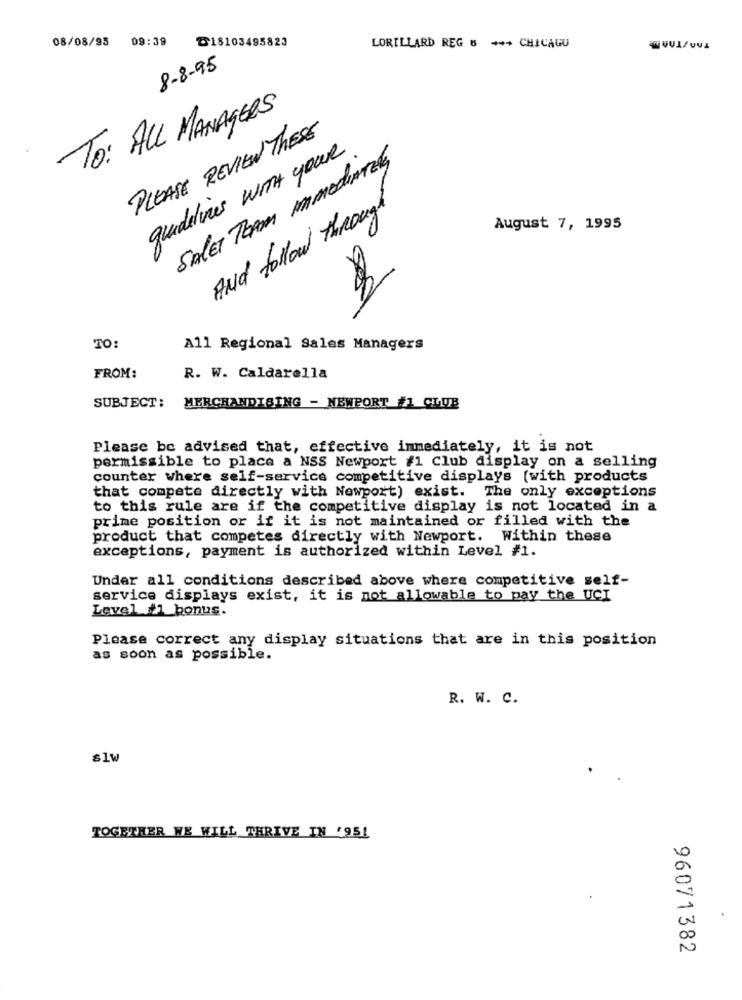
08/08/93 09:39
D18103495823
LORILLARD REG 6 +++ CHICAGU
8-8-95
To: ALL MANAGERS
PLEASE REVIEW THESE
guidelines WITH your
SALET TEAM IMMEDIATELY
And follow through
August 7, 1995
1000
TO:
All Regional Sales Managers
FROM:
R. W. Caldarella
SUBJECT:
MERCHANDISING - NEWPORT #1 CLUB
Please be advised that, effective immediately, it is not
permissible to place a NSS Newport #1 Club display on a selling
counter where self-service competitive displays (with products
that compete directly with Newport) exist.
The only exceptions
to this rule are if the competitive display is not located in a
prime position or if it is not maintained or filled with the
product that competes directly with Newport. Within these
exceptions, payment is authorized within Level #1.
Under all conditions described above where competitive self-
service displays exist, it is not allowable to pay the UCI
Level #1 bonus.
Please correct any display situations that are in this position
as soon as possible.
R. W. C.
s1w
TOGETHER WE WILL THRIVE IN '951
96071382